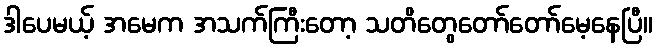
ဒါပေမယ့် အမေက အသက်ကြီးတော့ သတိတွေတော်တော်မေ့နေပြီ။